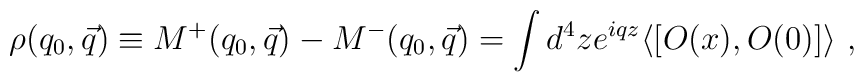
\rho(q_0,\vec{q}) \equiv M^+(q_0,\vec{q}) - M^-(q_0,\vec{q}) \nonumber\\= \int d^4 z e^{iqz} \langle [O (x), O(0) ] \rangle~,